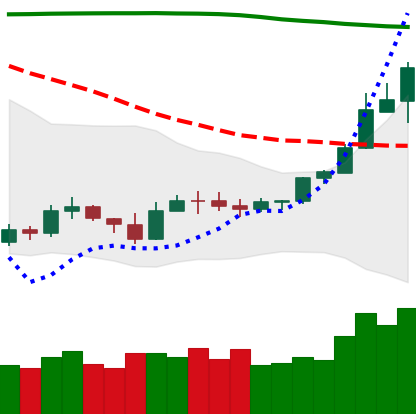
Ticker: ETH-USD
Chart end date: 2019-09-19
Forward return: -24.028%
Label: down_7plus